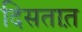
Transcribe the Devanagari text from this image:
दिसतात़